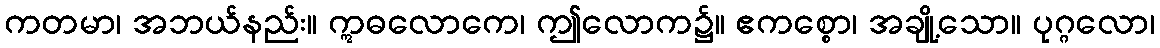
ကတမာ၊ အဘယ်နည်း။ ဣဓလောကေ၊ ဤလောက၌။ ဧကစ္စော၊ အချို့သော။ ပုဂ္ဂလော၊